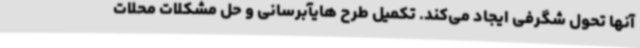
آنها تحول شگرفی ایجاد می‌کند. تکمیل طرح هایآبرسانی و حل مشکلات محلات